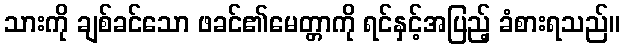
သားကို ချစ်ခင်သော ဖခင်၏မေတ္တာကို ရင်နှင့်အပြည့် ခံစားရသည်။